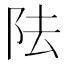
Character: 阹